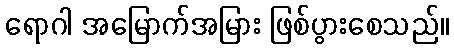
ရောဂါ အမြောက်အမြား ဖြစ်ပွားစေသည်။